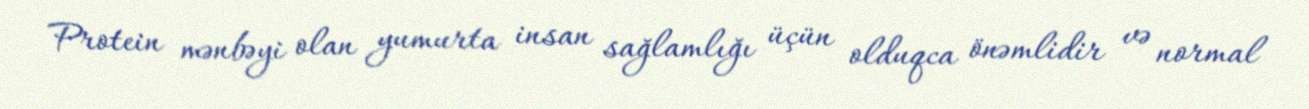
Protein mənbəyi olan yumurta insan sağlamlığı üçün olduqca önəmlidir və normal